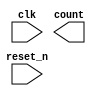
/* CSED273 lab6 experiment 2 */
/* lab6_2.v */

`timescale 1ps / 1fs

/* Implement 2-decade BCD counter (0-99)
 * You must use decade BCD counter of lab6_1.v */
module decade_counter_2digits(input reset_n, input clk, output [7:0] count);

    ////////////////////////
    /* Add your code here */
    ////////////////////////
	
endmodule